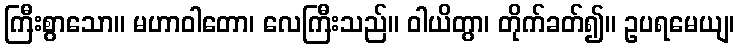
ကြီးစွာသော။ မဟာဝါတော၊ လေကြီးသည်။ ဝါယိတွာ၊ တိုက်ခတ်၍။ ဥပရမေယျ၊